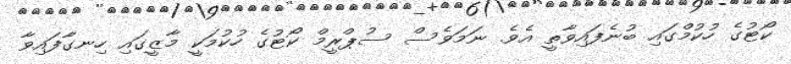
ކޯޓުގެ ހުކުމްގައި ބުނެފައިވާތީ އެވެ. ނަމަވެސް ސުޕްރީމް ކޯޓުގެ ހުކުމަކީ މާޒީގައި ހިނގާފައިވާ